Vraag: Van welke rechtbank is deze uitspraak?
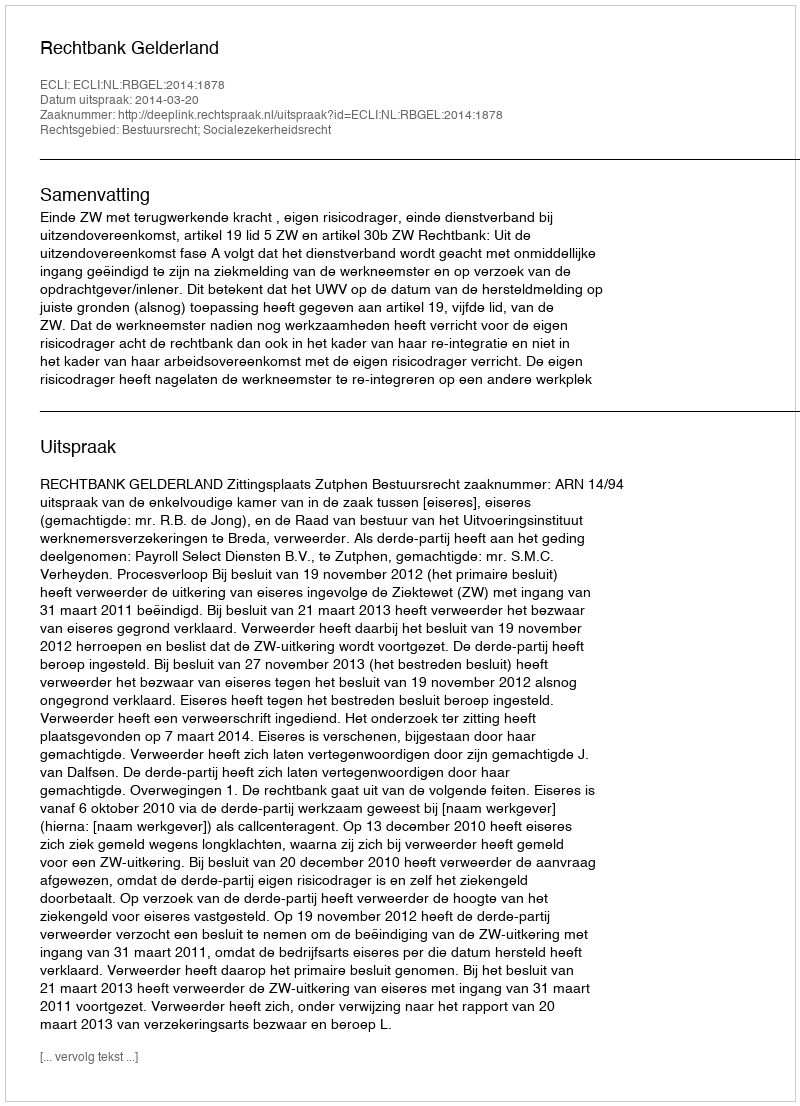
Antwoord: Rechtbank Gelderland